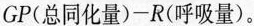
GP(总同化量) - R(呼吸量)$$。